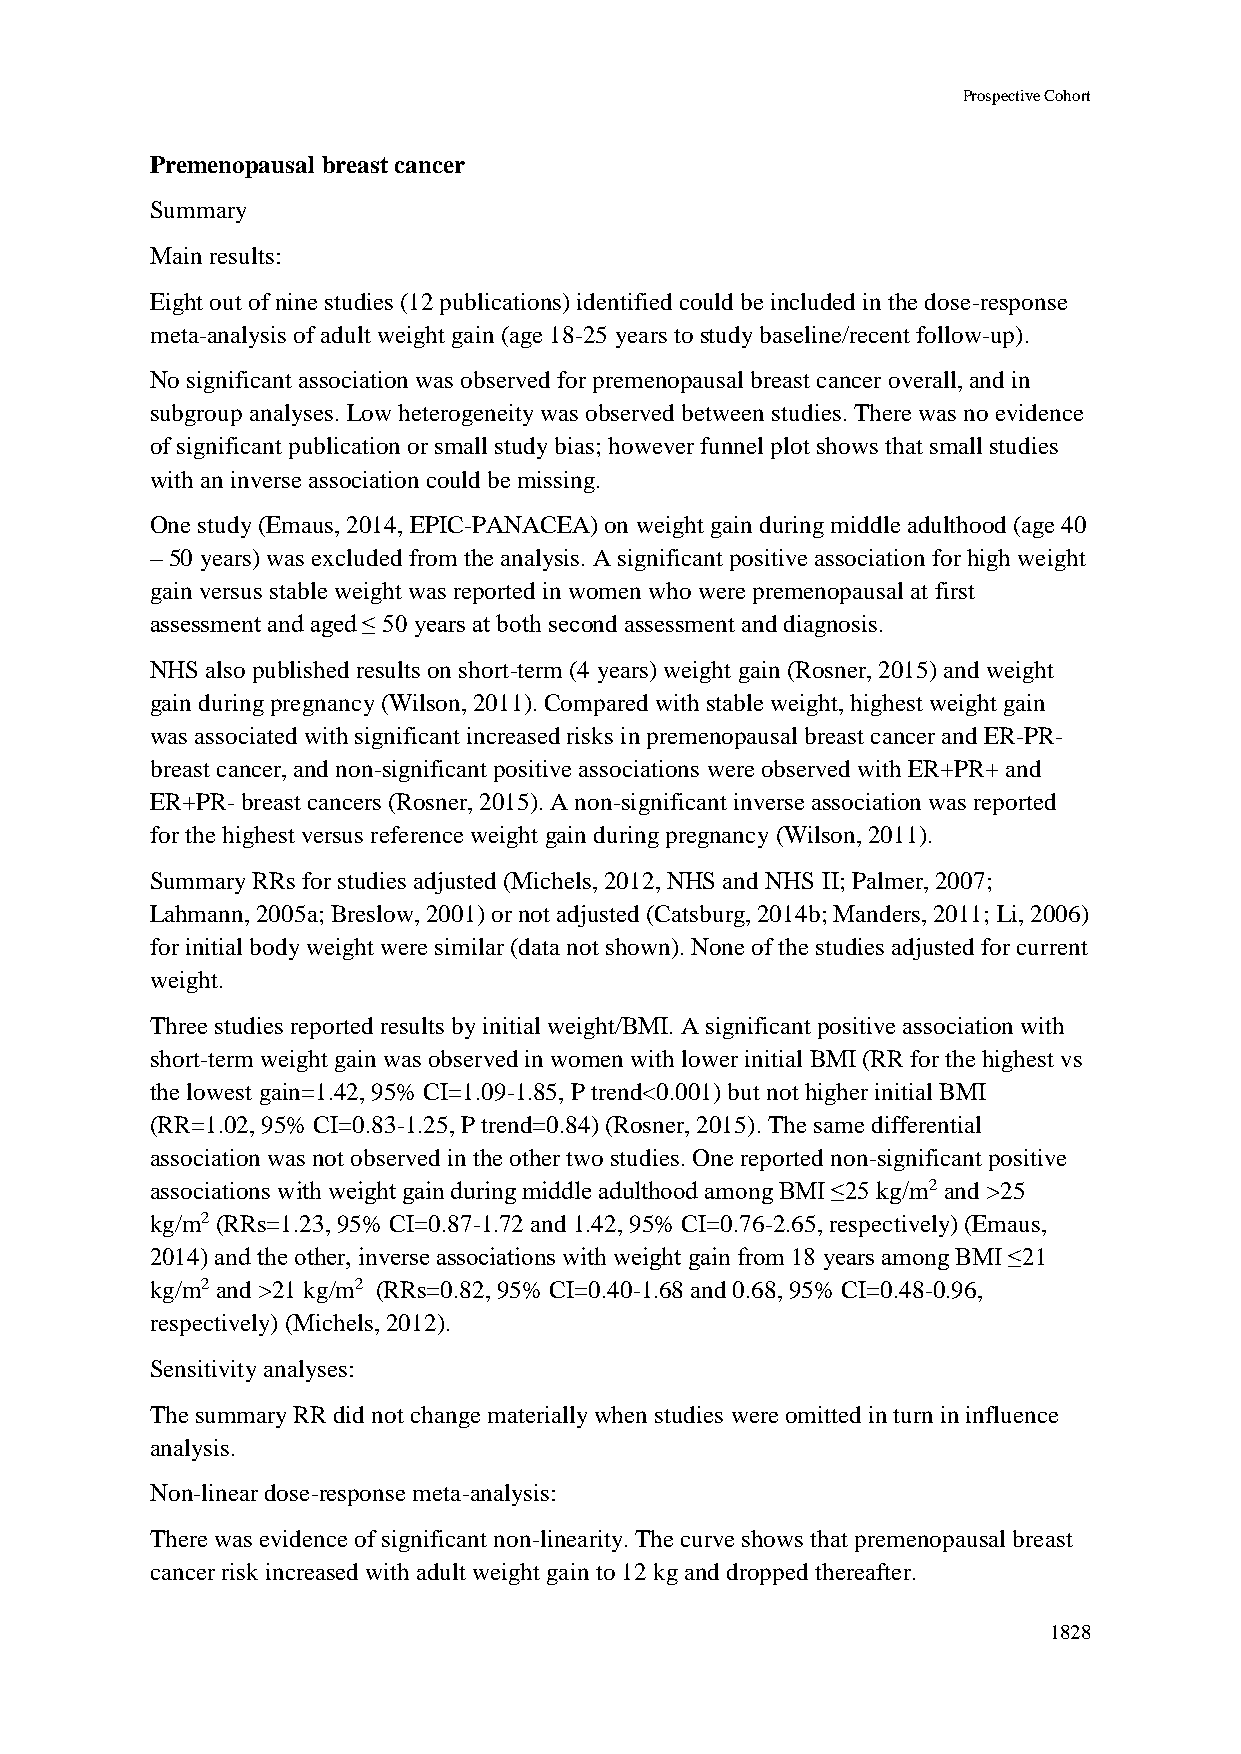
Prospective Cohort
 Premenopausal breast cancer
 Summary
 Main results:
 Eight out of nine studies (12 publications) identified could be included in the dose-response
 meta-analysis of adult weight gain (age 18-25 years to study baseline/recent follow-up).
 No significant association was observed for premenopausal breast cancer overall, and in
 subgroup analyses. Low heterogeneity was observed between studies. There was no evidence
 of significant publication or small study bias; however funnel plot shows that small studies
 with an inverse association could be missing.
 One study (Emaus, 2014, EPIC-PANACEA) on weight gain during middle adulthood (age 40
 – 50 years) was excluded from the analysis. A significant positive association for high weight
 gain versus stable weight was reported in women who were premenopausal at first
 assessment and aged ≤ 50 years at both second assessment and diagnosis.
 NHS also published results on short-term (4 years) weight gain (Rosner, 2015) and weight
 gain during pregnancy (Wilson, 2011). Compared with stable weight, highest weight gain
 was associated with significant increased risks in premenopausal breast cancer and ER-PR-
 breast cancer, and non-significant positive associations were observed with ER+PR+ and
 ER+PR- breast cancers (Rosner, 2015). A non-significant inverse association was reported
 for the highest versus reference weight gain during pregnancy (Wilson, 2011).
 Summary RRs for studies adjusted (Michels, 2012, NHS and NHS II; Palmer, 2007;
 Lahmann, 2005a; Breslow, 2001) or not adjusted (Catsburg, 2014b; Manders, 2011; Li, 2006)
 for initial body weight were similar (data not shown). None of the studies adjusted for current
 weight.
 Three studies reported results by initial weight/BMI. A significant positive association with
 short-term weight gain was observed in women with lower initial BMI (RR for the highest vs
 the lowest gain=1.42, 95% CI=1.09-1.85, P trend<0.001) but not higher initial BMI
 (RR=1.02, 95% CI=0.83-1.25, P trend=0.84) (Rosner, 2015). The same differential
 association was not observed in the other two studies. One reported non-significant positive
 associations with weight gain during middle adulthood among BMI ≤25 kg/m2 and >25
 kg/m2 (RRs=1.23, 95% CI=0.87-1.72 and 1.42, 95% CI=0.76-2.65, respectively) (Emaus,
 2014) and the other, inverse associations with weight gain from 18 years among BMI ≤21
 kg/m2 and >21 kg/m2 (RRs=0.82, 95% CI=0.40-1.68 and 0.68, 95% CI=0.48-0.96,
 respectively) (Michels, 2012).
 Sensitivity analyses:
 The summary RR did not change materially when studies were omitted in turn in influence
 analysis.
 Non-linear dose-response meta-analysis:
 There was evidence of significant non-linearity. The curve shows that premenopausal breast
 cancer risk increased with adult weight gain to 12 kg and dropped thereafter.
 1828